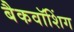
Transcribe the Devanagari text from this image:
बैकवॉशिंग